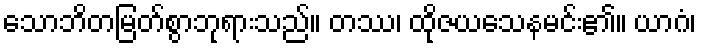
သောဘိတမြတ်စွာဘုရားသည်။ တဿ၊ ထိုဇယသေနမင်း၏။ ယာဂံ၊